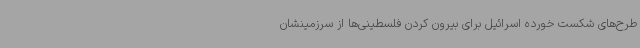
طرح‌های شکست خورده اسرائیل برای بیرون کردن فلسطینی‌ها از سرزمینشان